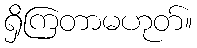
ရှိကြတာမဟုတ်။